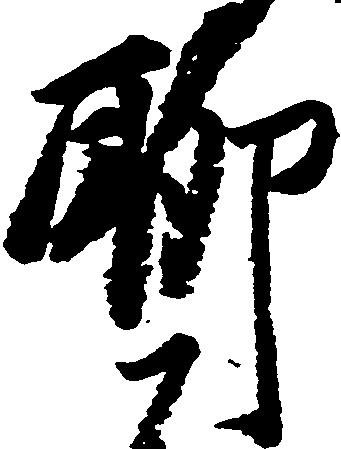
聊